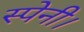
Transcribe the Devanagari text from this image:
स्पेनी।